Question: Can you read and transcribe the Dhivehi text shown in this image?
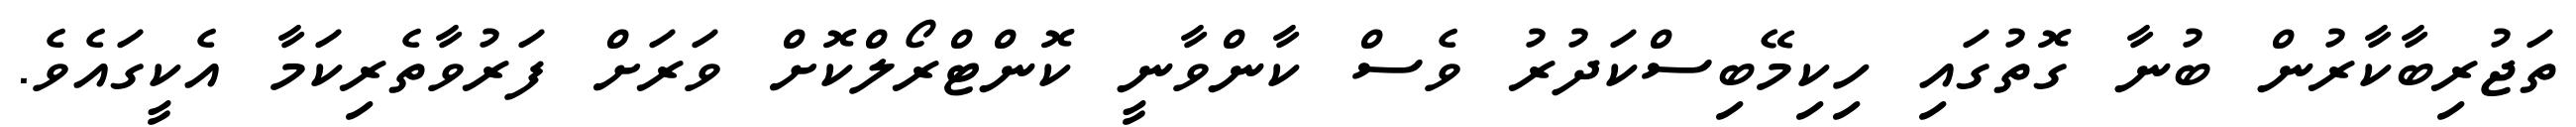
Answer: ތަޖުރިބާކާރުން ބުނާ ގޮތުގައި ހިކިމޭބިސްކަދުރު ވެސް ކާންވާނީ ކޮންޓްރޯލްކޮށް ވަރަށް ފަރުވާތެރިކަމާ އެކީގައެވެ.